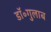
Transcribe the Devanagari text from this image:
डॉ॰गुलाब